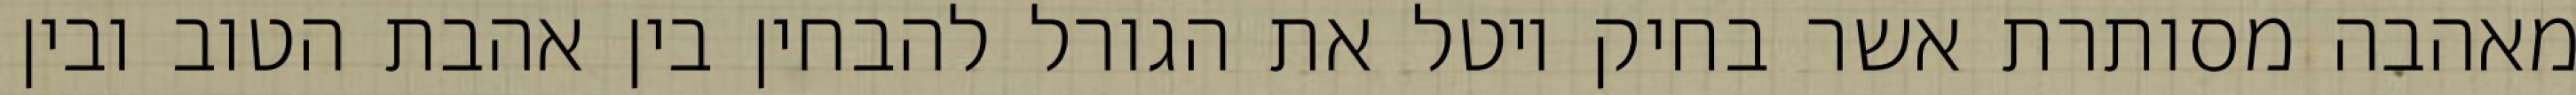
מאהבה מסותרת אשר בחיק יוטל את הגורל להבחין בין אהבת הטוב ובין